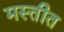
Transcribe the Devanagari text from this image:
मस्तीत